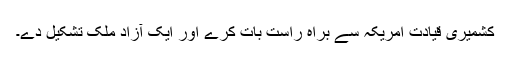
کشمیری قیادت امریکہ سے براہ راست بات کرے اور ایک آزاد ملک تشکیل دے۔